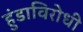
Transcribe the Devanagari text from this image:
हुंडाविरोधी